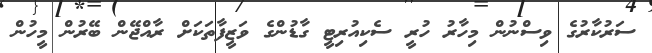
ސަރުކާރުގެ ވިސްނުން މިހާރު ހުރީ ސެކިއުރިޓީ ގާޑުންގެ ވަޒީފާތަކަށް ރާއްޖޭން ބޭރުން މީހުން